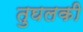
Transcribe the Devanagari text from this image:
तुघलकी